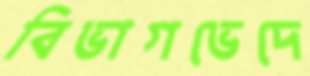
বিভাগভেদে